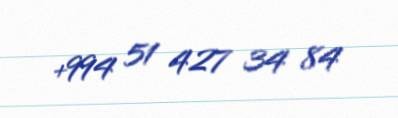
+994 51 427 34 84